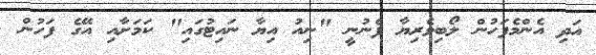
އަދި އެންމެފަހުން ލޯބިވެރިޔާ ފެނުނީ "ނިއު އިޔާ ނައިޓުގައި" ކަމަށާއި އޭގެ ފަހުން